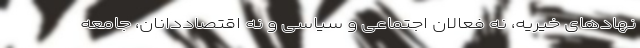
نهادهای خیریه، نه فعالان اجتماعی و سیاسی و نه اقتصاددانان، جامعه‌